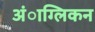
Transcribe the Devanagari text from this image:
अंाग्लिकन